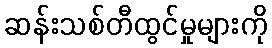
ဆန်းသစ်တီထွင်မှုများကို